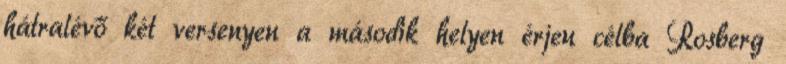
hátralévő két versenyen a második helyen érjen célba Rosberg